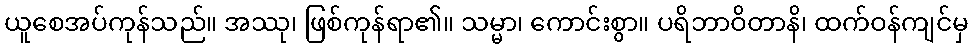
ယူစေအပ်ကုန်သည်။ အဿု၊ ဖြစ်ကုန်ရာ၏။ သမ္မာ၊ ကောင်းစွာ။ ပရိဘာဝိတာနိ၊ ထက်ဝန်ကျင်မှ